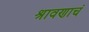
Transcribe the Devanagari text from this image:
श्रावणाचं